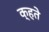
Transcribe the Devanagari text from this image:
क्हते